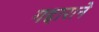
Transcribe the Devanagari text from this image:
गद्दाराने